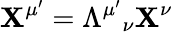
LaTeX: \mathbf{X}^{\mu^{\prime}}=\Lambda^{\mu^{\prime}}{}_{\nu}\mathbf{X}^{\nu}